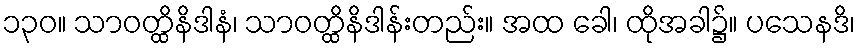
၁၃၀။ သာဝတ္ထိနိဒါနံ၊ သာဝတ္ထိနိဒါန်းတည်း။ အထ ခေါ၊ ထိုအခါ၌။ ပသေနဒိ၊